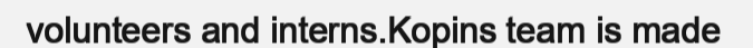
volunteers and interns.Kopins team is made